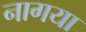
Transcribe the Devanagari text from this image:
नागया